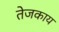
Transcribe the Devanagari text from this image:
तेजकाय